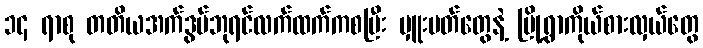
၁၄ ရာစု တတိယအက်ဒွပ်ဘုရင်လက်ထက်ကစပြီး မှူးမတ်တွေနဲ့ မြို့ရွာကိုယ်စားလှယ်တွေ